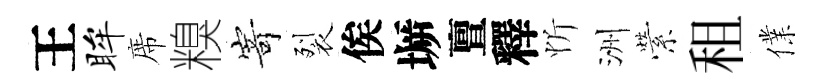
王眸席糗𭔃裂俟󶱲亶釋忻洲縈租㒒